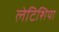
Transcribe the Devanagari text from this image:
लेटिशिया